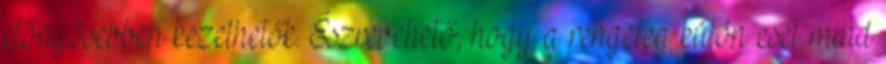
előnyösebben kezelhetők. Észrevehető, hogy a rengeteg külön eset mind